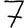
Digit: 7